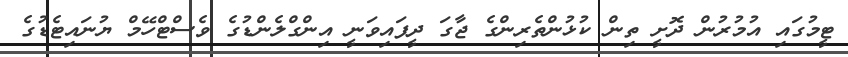
ޓީމުގައި އުމުރުން ދޮށީ ތިން ކުޅުންތެރިންގެ ޖާގަ ދީފައިވަނީ އިންގްލެންޑުގެ ވެސްޓްހޭމް ޔުނައިޓެޑުގެ